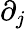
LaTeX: \partial_{j}